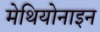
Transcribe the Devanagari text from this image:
मेथियोनाइन